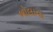
બોલાવા